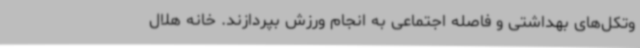
وتکل‌های بهداشتی و فاصله اجتماعی به انجام ورزش بپردازند. خانه هلال